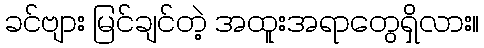
ခင်ဗျား မြင်ချင်တဲ့ အထူးအရာတွေရှိလား။